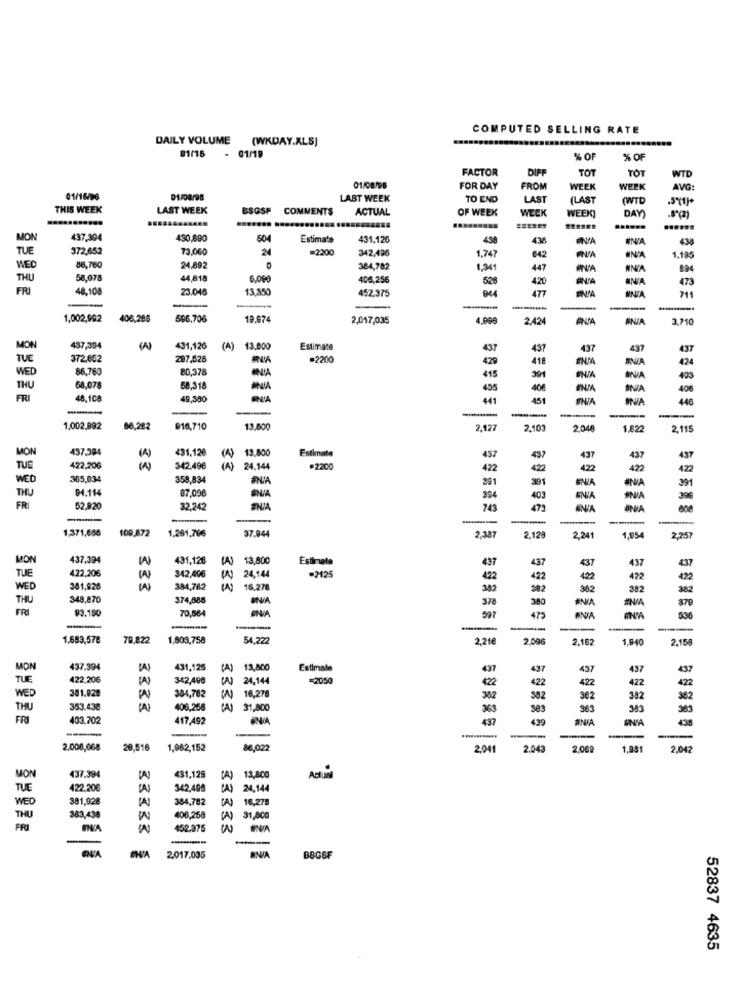
COMPUTED SELLING RATE
DAILY VOLUME
(WKDAY.XLS]
01/15 - 01/19
% OF
% O
FACTOR
DIFF
TOT
TÔT
WTD
01/08/98
FOR DAY
FROM
WEEK
WEEK
AVG
01/16/96
LAST WEEK
TO END
LAST
(LAST
(WTD
THIS WEEK
LAST WEEK
BSOSF
COMMENTS
ACTUAL
OF WEEK
WEEK
....... .....
WEEK)
DAY)
MON
437,394
490,690
504
Estimate
431.126
438
430
438
TUE
372,652
73.060
24
=2200
342,496
1.747
€42
UNA
1.195
WEG
86,760
24,892
384,782
1.34
447
NN/A
894
THU
58,078
44,818
6,000
406,256
52
420
BN/A
UNA
473
FRI
48,108
23.048
13.850
452.375
477
ENSA
215
----
1,002,992
406,286
596,706
19.974
2,017,035
4.990
2.424
ANTA
ANIA
3.710
MON
437,394
(A)
431,126
(A)
13.000
Estimate
437
437
437
437
437
TUE
372.652
287,526
=2200
429
418
ENTA
ANIA
424
WED
86,760
80,378
415
301
403
THU
68,078
58,318
ANIA
405
406
ENIA
406
FRI
48,108
49,380
441
451
446
---
1,002,892
86.282
016,710
13,800
2.127
2.103
2,048
1,822
2,115
MON
437,394
431,12€
13.800
Estimate
497
437
437
437
437
TUE
422,206
342.496
(A)
24.144
=2200
422
422
422
422
422
WED
365,034
358,834
#NA
391
391
ENIA
391
THU
94.114
07,098
BNIA
394
403
ENIA
390
FR
52,920
32,242
ENAA
743
473
JNA
----
1,371,666
109,872
1.261.786
37.844
2.387
2,129
2,241
1,954
2,257
MON
437,394
431,126
(A)
13,800
Estimate
437
437
437
437
437
TUE
4.22,206
24,144
=2125
342,496
(N)
192
422
422
422
422
WED
381,928
(A)
384,762
16.278
382
382
362
382
382
THU
348,870
374,885
DNIA
378
300
370
FR
93.150
597
70,564
475
ANDIA
536
---
1.683,578
79.822
1,603,758
54,22
2,21€
2.096
2,162
1.840
2.158
MON
437.394
431,125
(A)
13,800
Estimate
437
437
437
437
43
TUE
422,206
(A)
342,496
24.144
=2050
42
422
422
422
422
381.928
384,782
16,276
NED
W
(A)
352
382
962
382
362
THU
353.438
406,256
( A)
31,800
363
963
383
383
FRI
403.702
417,492
437
439
ANIA
INA
438
----
----
2.008,068
20,516
1,962,152
86,022
2.041
2.043
2,069
1,981
2,042
MON
437.394
431,128
(A)
13,800
Actual
TUE
422.20€
[A]
342,498
(A)
24.144
NED
381,928
384,782
(A)
THU
363,438
406,258
(A)
31,800
FRI
452.376
-
-
2,017.035
BN/A
BBCSF
52837 4635